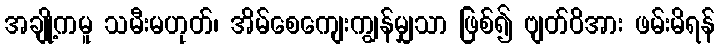
အချို့ကမူ သမီးမဟုတ်၊ အိမ်စေကျေးကျွန်မျှသာ ဖြစ်၍ ဗျတ်ဝိအား ဖမ်းမိရန်